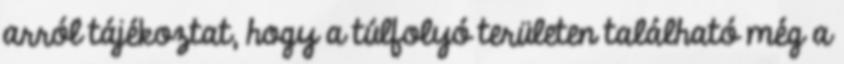
arról tájékoztat, hogy a túlfolyó területen található még a